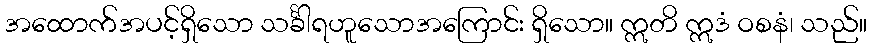
အထောက်အပင့်ရှိသော သင်္ခါရဟူသောအကြောင်း ရှိသော။ ဣတိ ဣဒံ ဝစနံ၊ သည်။